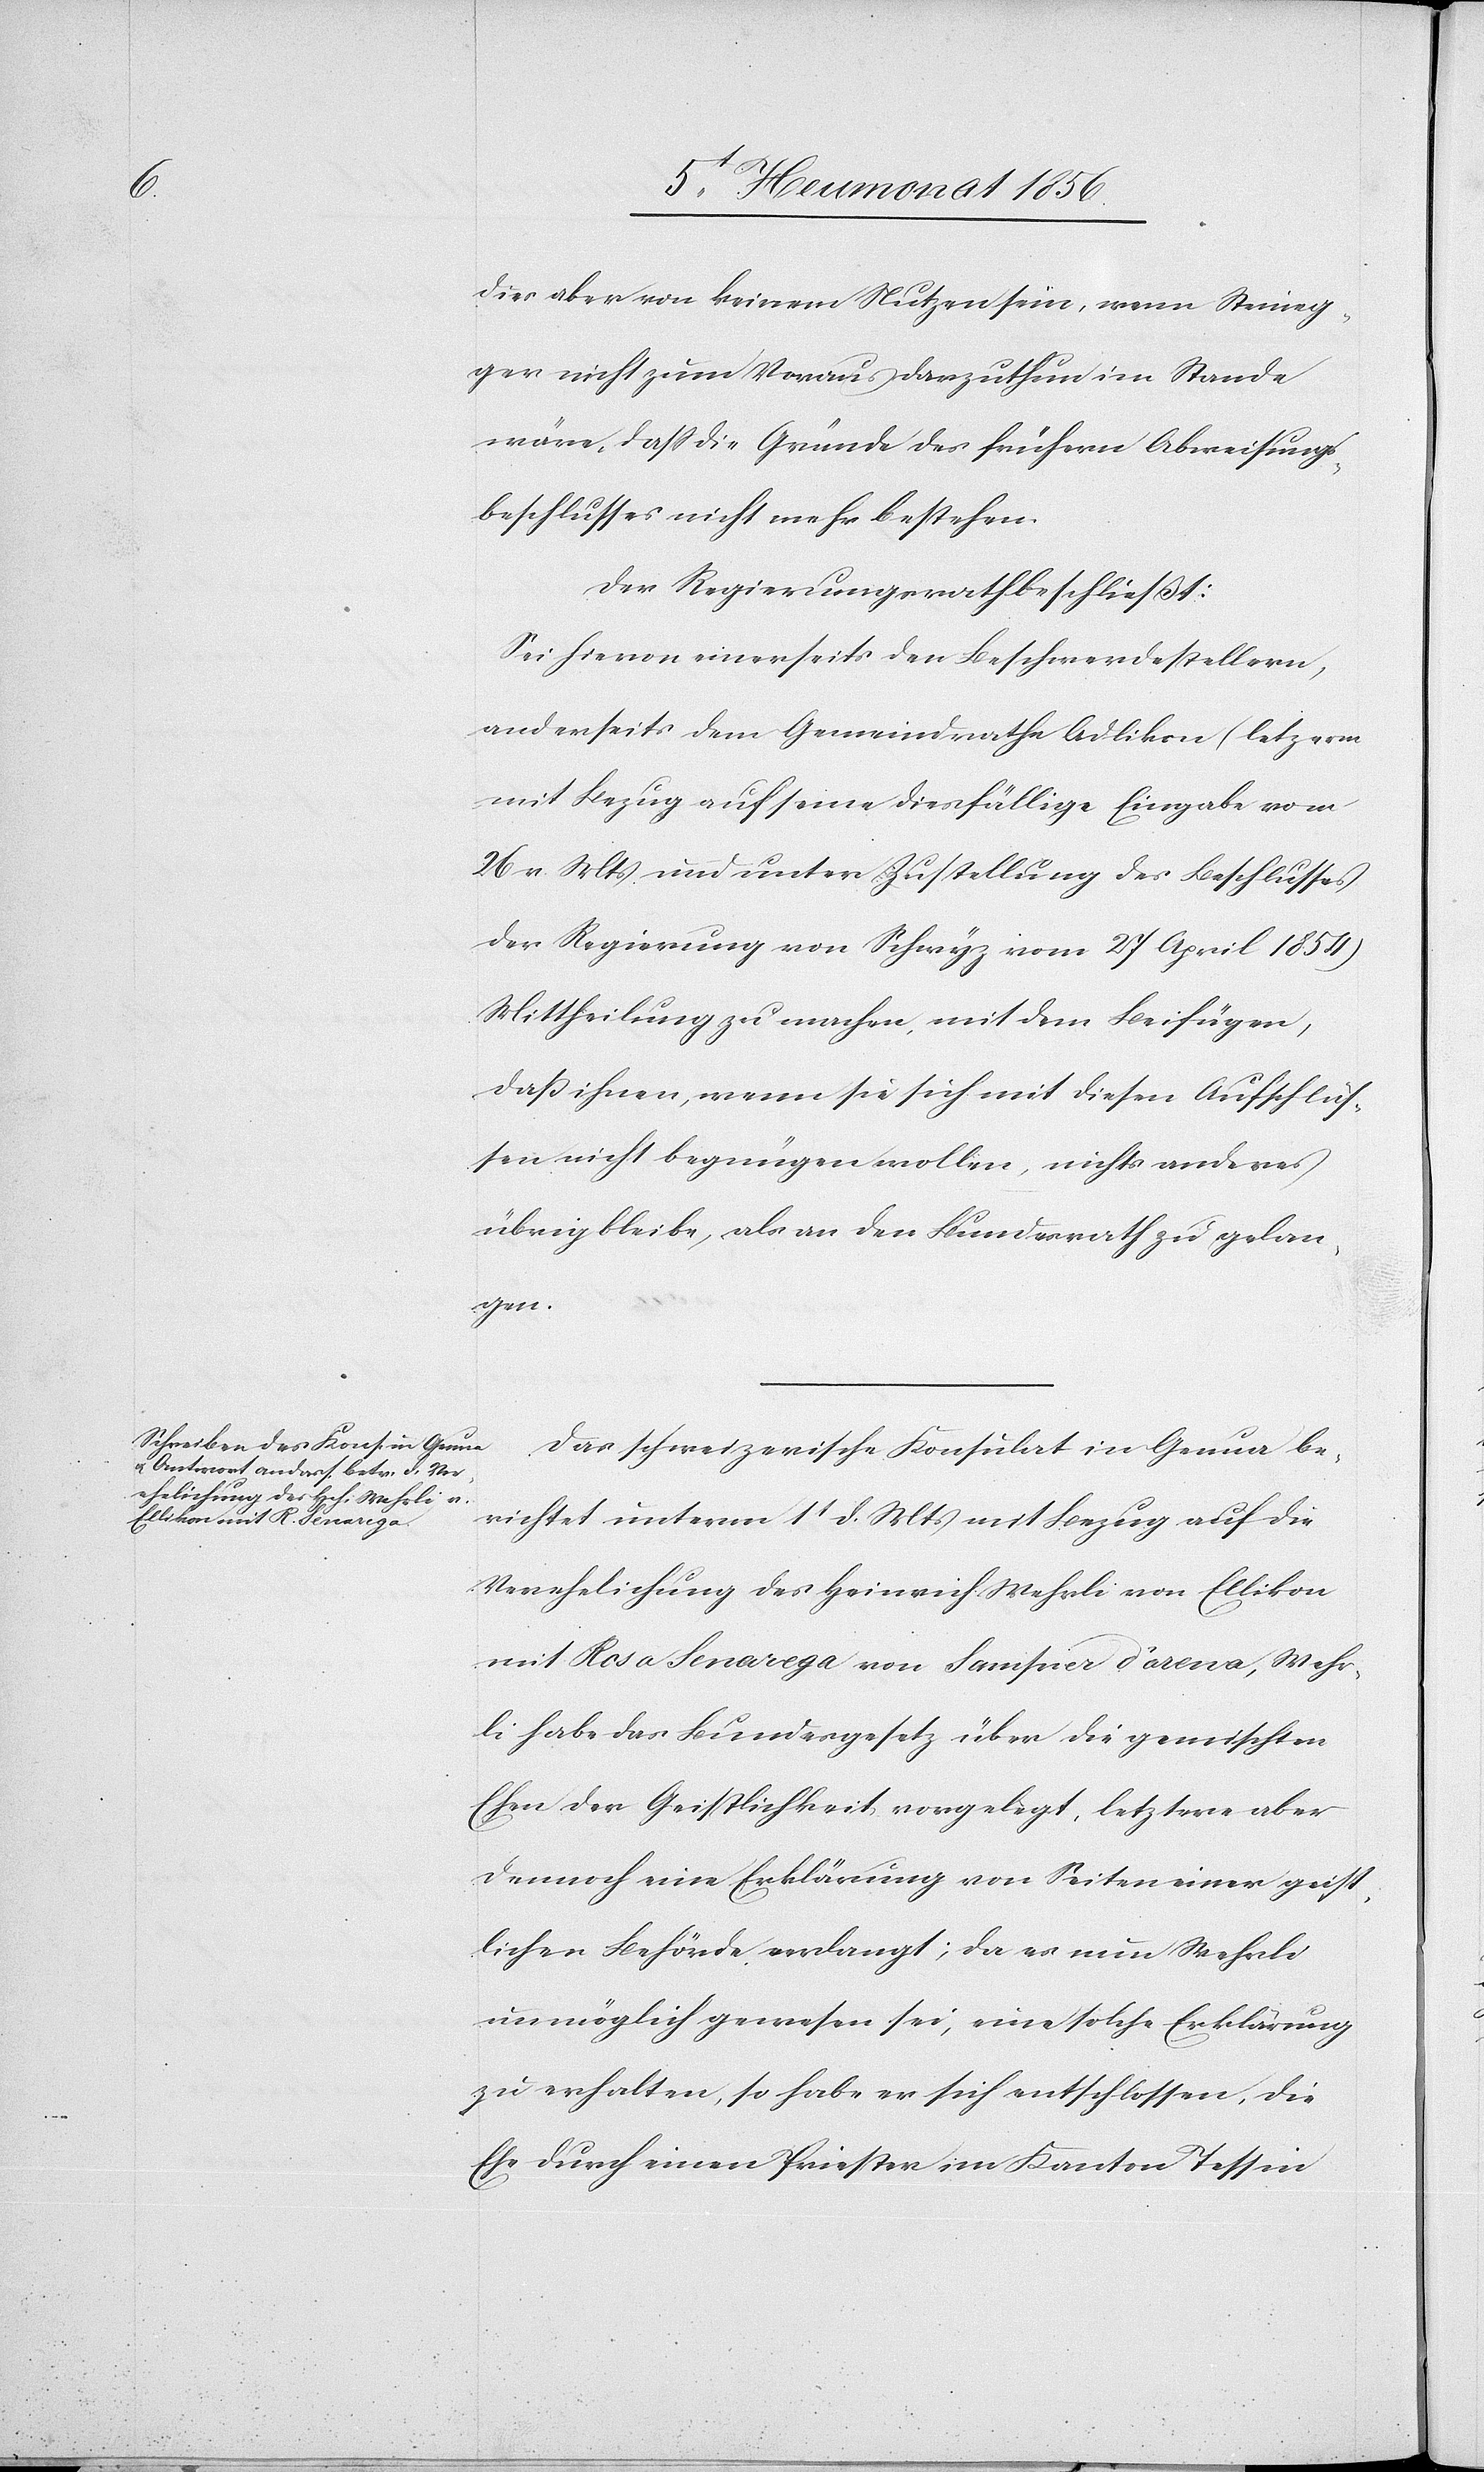
Wehr¬
von

dies aber von keinem Nutzen sein, wenn Steineg¬
ger nicht zum Voraus darzuthun im Stande
wäre, dass die Gründe des frühern Abweichungs¬
beschlusses nicht mehr bestehen.
Der Regierungsrath beschließt:
Sei hievon einerseits den Beschwerdestellern,
anderseits dem Gemeindrathe Adlikon (letz[t]erm
mit Bezug auf seine diesfällige Eingabe vom
26 v. Mts. und unter Zustellung des Beschlusses
der Regierung von Schwyz vom 27 April 1854)
Mittheilung zu machen, mit dem Beifügen,
dass ihnen, wenn sie sich mit diesen Aufschlüs¬
sen nicht begnügen wollen, nichts anderes
übrig bleibe, als an den Bundesrath zu gelan¬
gen.
Das schweizerische Konsulat in Genua be¬
richtet unterm 1t d. Mts mit Bezug auf die
Verehelichung des Heinrich Wehrli von Ellikon
li habe das Bundesgesetz über die gemischten
Ehen der Geistlichkeit vorgelegt, letztere aber
dennoch eine Erklärung von Seiten einer geist¬
lichen Behörde verlangt; da es nun Wehrli
unmöglich gewesen sei, eine solche Erklärung
zu erhalten, so habe er sich entschlossen, die
Ehe durch einen Priester im Kanton Tessin